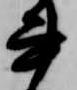
公